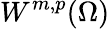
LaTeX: W^{m,p}(\Omega)